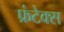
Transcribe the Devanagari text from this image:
फ्रंटेक्स